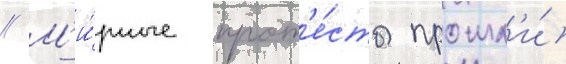
// М'и́рные прот'е́сты прошл'и́